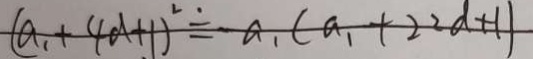
( a _ { 1 } + 4 a + 1 ) ^ { 2 } = a _ { 1 } ( a _ { 1 } + 2 2 d + 1 )